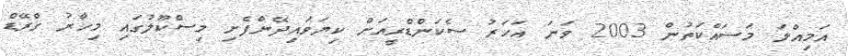
އަމިއްލަ މަސައްކަތުން 2003 ވަނަ އަހަރު ސެކަންޑްރީއަށް ކިޔަވައިދޭންފެށި މިސްކޫލުގައި މިހާރު ގްރޭޑް